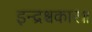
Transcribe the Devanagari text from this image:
इन्द्रश्चकार॥